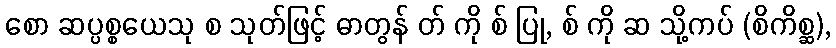
စော ဆပ္ပစ္စယေသု စ သုတ်ဖြင့် ဓာတွန် တ် ကို စ် ပြု, စ် ကို ဆ သို့ကပ် (စိကိစ္ဆ),